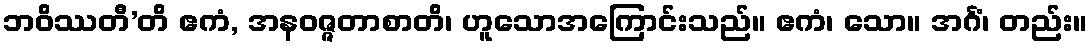
ဘဝိဿတီ’တိ ဧကံ, အနဝဇ္ဇတာစာတိ၊ ဟူသောအကြောင်းသည်။ ဧကံ၊ သော။ အင်္ဂံ၊ တည်း။